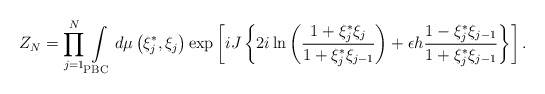
\begin{align*}Z_N= \prod\limits_{j=1}^N \int\limits_{\rm PBC} {d\mu \left({\xi_j^*,\xi_j}\right)}\exp \left[ iJ \left\{ 2i\ln \left( {{1+\xi_j^*\xi_j} \over{1+\xi_j^*\xi_{j-1}} }\right) + \epsilon h{{1 - \xi_j^*\xi_{j-1}} \over {1+\xi_j^*\xi_{j-1}} }\right\} \right].\end{align*}